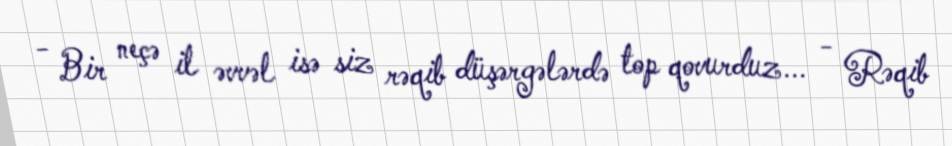
- Bir neçə il əvvəl isə siz rəqib düşərgələrdə top qovurduz... - Rəqib